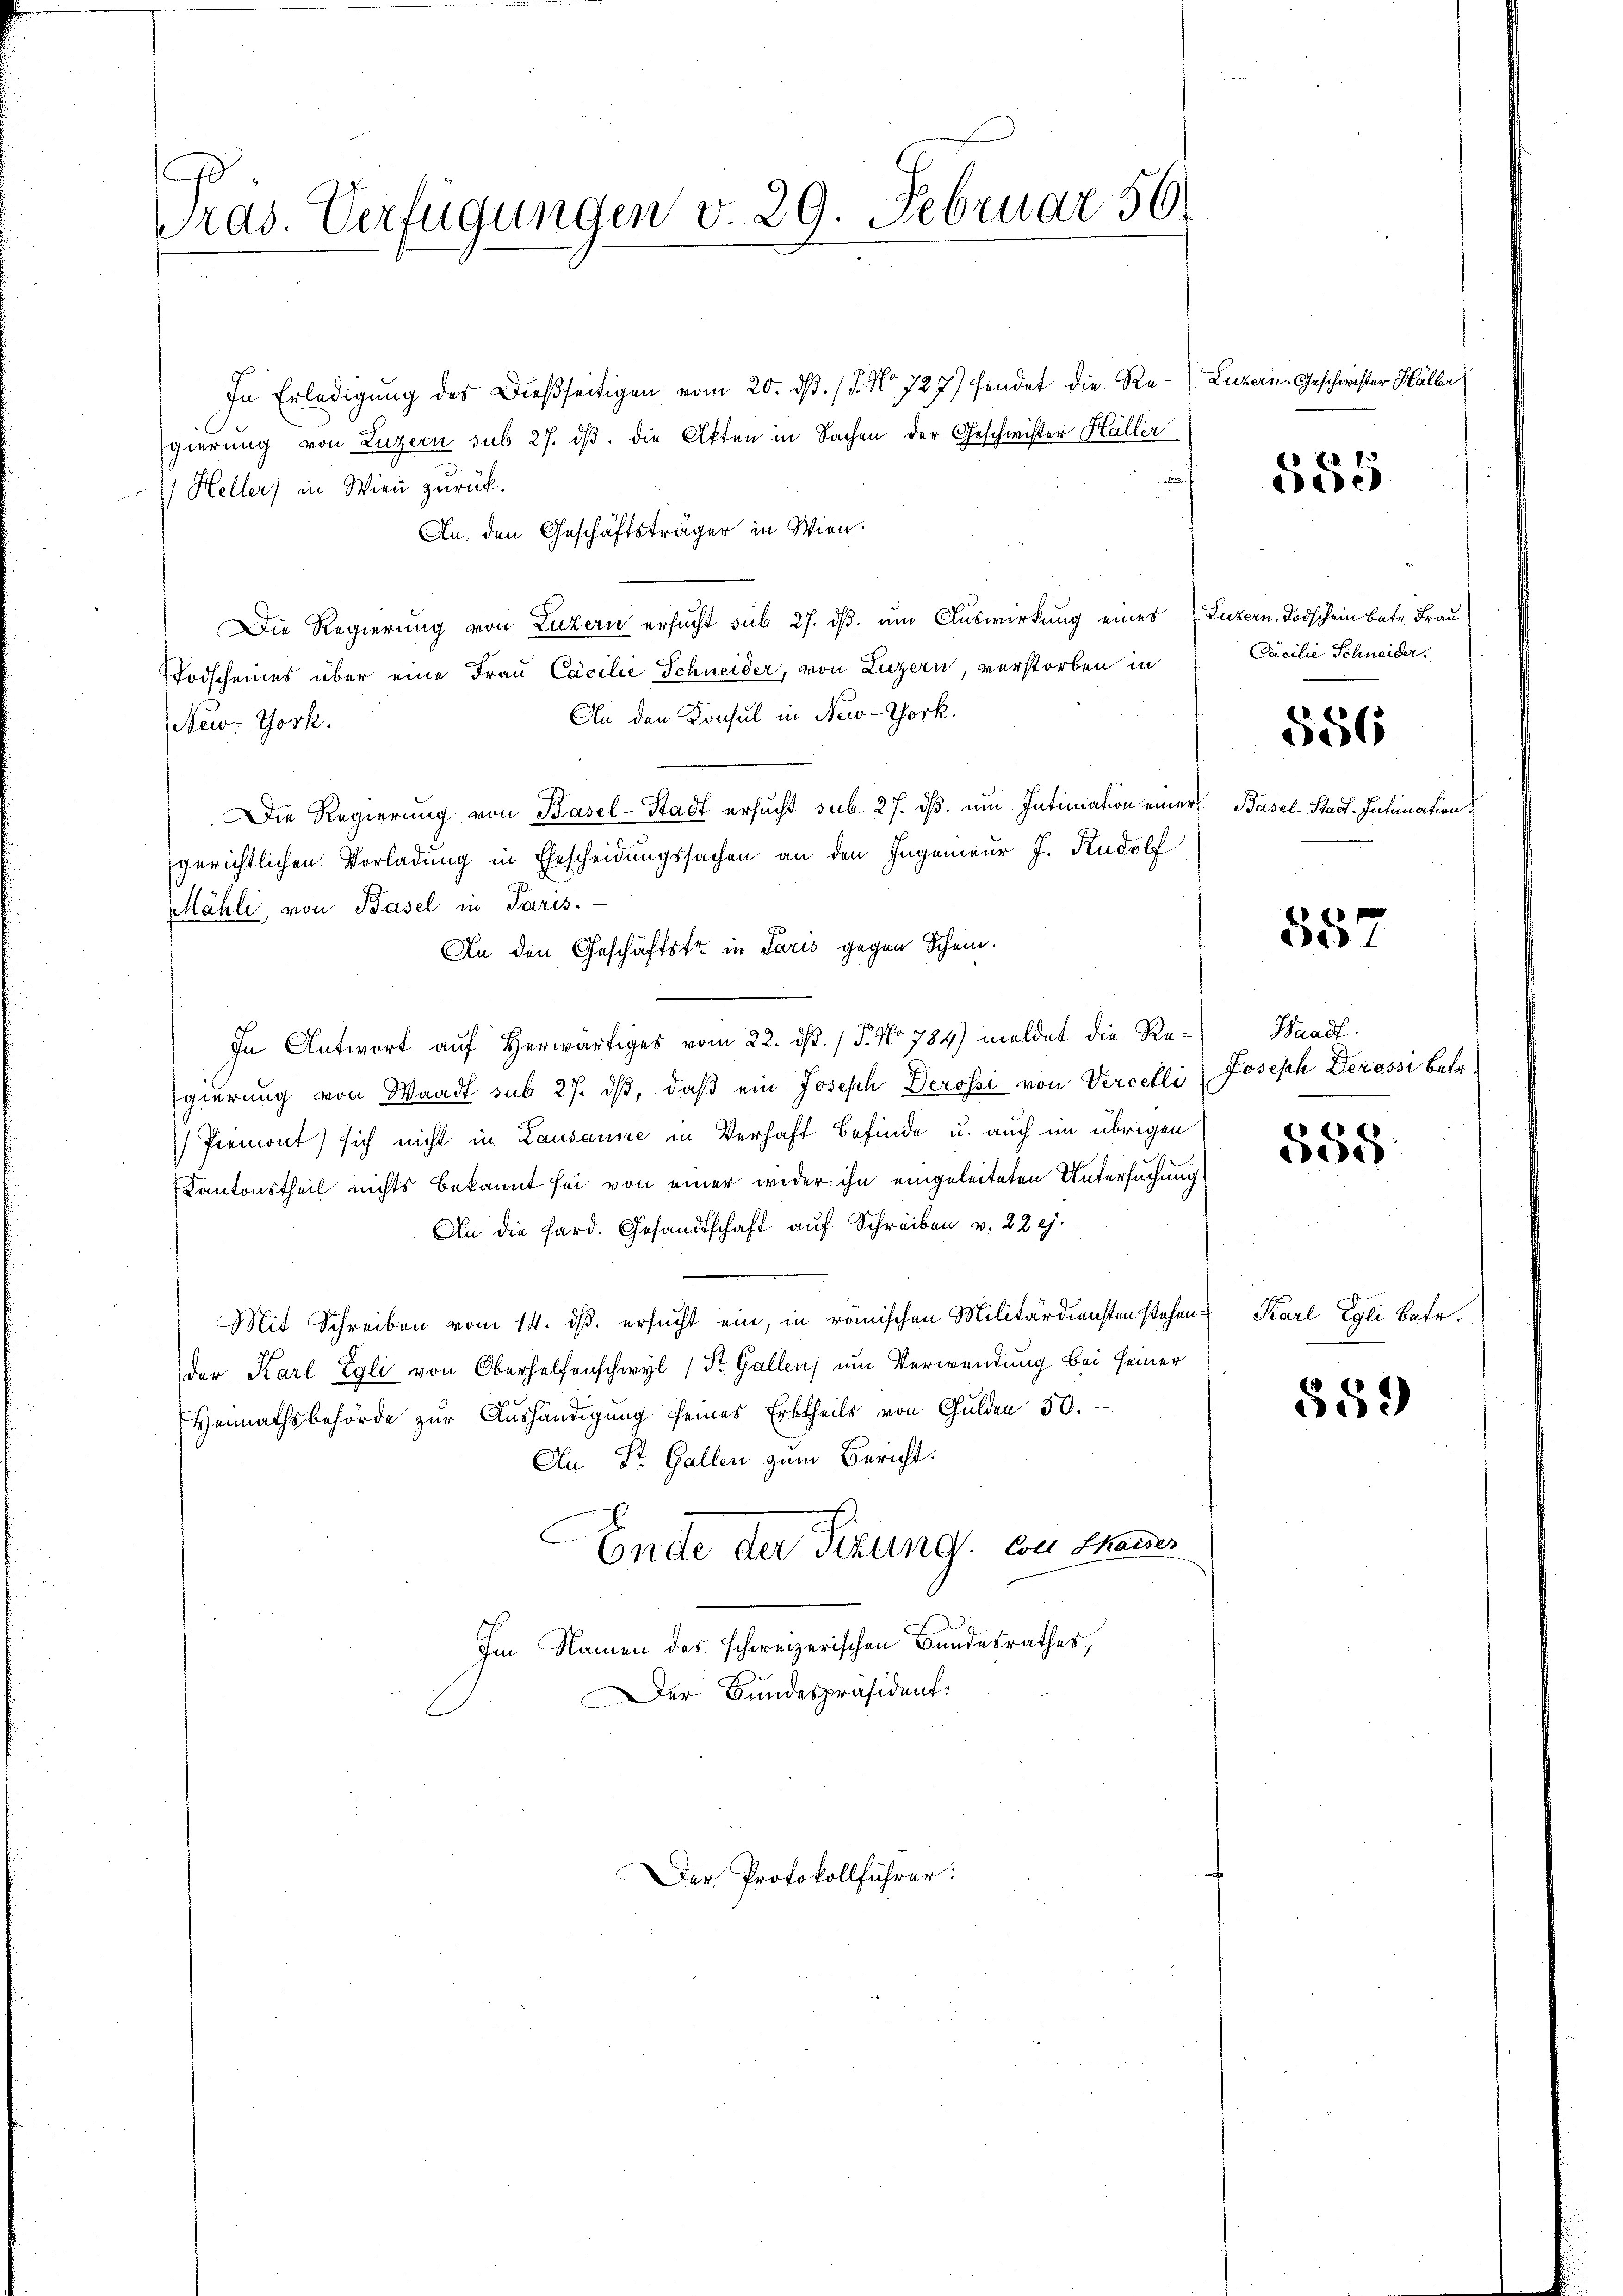
ras. Verfügungen v. 29. Februar 56.

In Erledigung des Dießseitigen vom 20. ds. / 5. No 727) findet die Re- (Luzern Geschwister Hälber
Egierung von Luzern sub 27. dβ. die Akten in Sachen der Geschwister Haller
s
) Heller) in Wien zurück.
An. den Geschäftsträger in Wien.
Die Regierung von Luzern ersucht sub 27. dβ. um Auswirkung eines (Luzern. Todschein betr. Frau
Todscheines über eine Frau Cacilie Schneider, von Luzern, verstorben in
An den Konsul in New-York.
New-York.
Die Regierung von Basel-Stadt ersucht sub 27. ds. um Intimation einer
gerichtlichen Vorladung in Ehescheidungssachen an den Ingenieŭr J. Rudolf
Mähli, von Basel in Paris.
An den Geschäftstr in Paris gegen Schein.
In Antwort auf Herwärtiges vom 22. ds. / 5. No 784) meldet die Regierung von Waadt sub 27. dβ, daβ ein Joseph Derossi von Vereelli (Joseph Derossi betr.
Piemont) sich nicht in Lausanne in Verhaft befinde u. auch im übrigen
Kantonstheil nichts bekannt sei von einer wider ihn eingeleiteten Untersuchung
An die Hard. Gesandtschaft auf Schreiben v. 22 ej.
Mit Schreiben vom 14. ds. ersucht ein, in römischen Militärdiensten stehender Karl Egli von Oberhelfenschwyl 1 St. Gallen um Verwendung bei seiner
Heimathsbehörde zur Aushändigung seines Erbtheils von Gulden 30.
An St. Gallen zum Bericht:
Ende der Sekung, von Thannes
Im Namen des schweizerischen Bundesrathes,
Der Bundespräsident:

Der Protokollführer

585

Cacilie Schneider.

556

Basel-Stadt-Intimation

857

Haadf.

558.

Karl Egli bäte.

559